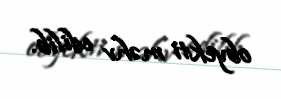
obyekti məhv edilib.